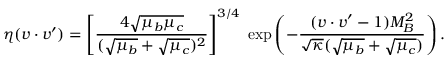
\eta ( v \cdot v ^ { \prime } ) = \left[ \frac { 4 \sqrt { \mu _ { b } \mu _ { c } } } { ( \sqrt { \mu _ { b } } + \sqrt { \mu _ { c } } ) ^ { 2 } } \right] ^ { 3 / 4 } \; \mathrm { e x p } \left( - \frac { ( v \cdot v ^ { \prime } - 1 ) M _ { B } ^ { 2 } } { \sqrt { \kappa } ( \sqrt { \mu _ { b } } + \sqrt { \mu _ { c } } ) } \right) .